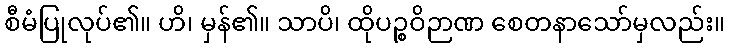
စီမံပြုလုပ်၏။ ဟိ၊ မှန်၏။ သာပိ၊ ထိုပဉ္စဝိဉာဏ စေတနာသော်မှလည်း။